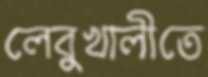
লেবুখালীতে